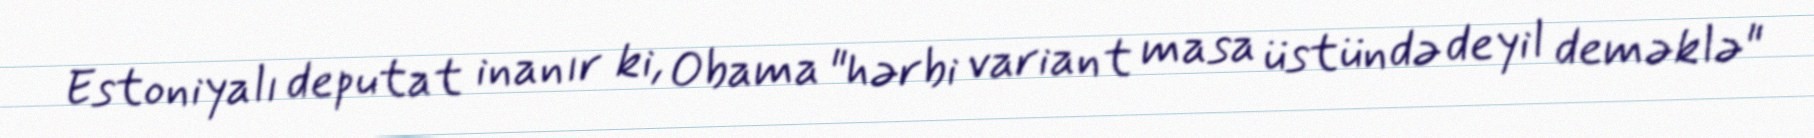
Estoniyalı deputat inanır ki, Obama "hərbi variant masa üstündə deyil deməklə"